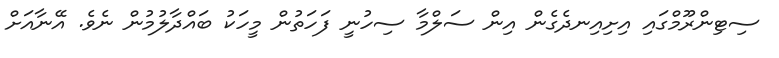
ސިޓިންރޫމްގައި އިށިއިނދެގެން އިން ސަލްމާ ސިހުނީ ފަހަތުން މީހަކު ބައްދާލުމުން ނެވެ. އޭނާއަށް